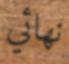
نھائي